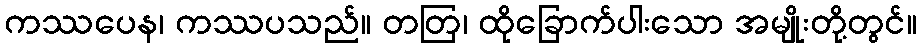
ကဿပေန၊ ကဿပသည်။ တတြ၊ ထိုခြောက်ပါးသော အမျိုးတို့တွင်။